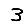
Digit: 3